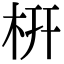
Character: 枅